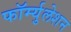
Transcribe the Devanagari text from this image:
फॉर्म्युलेशन